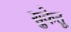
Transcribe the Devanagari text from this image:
सुकेतू